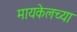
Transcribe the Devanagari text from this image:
मायकेलच्या